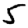
Digit: 5